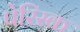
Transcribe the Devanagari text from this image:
पेरिस्क